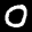
Label: 0